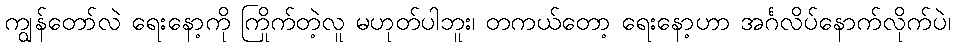
ကျွန်တော်လဲ ရေးနော့ကို ကြိုက်တဲ့လူ မဟုတ်ပါဘူး၊ တကယ်တော့ ရေးနော့ဟာ အင်္ဂလိပ်နောက်လိုက်ပဲ၊